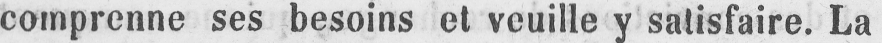
comprenne ses besoins et veuille y satisfaire. La